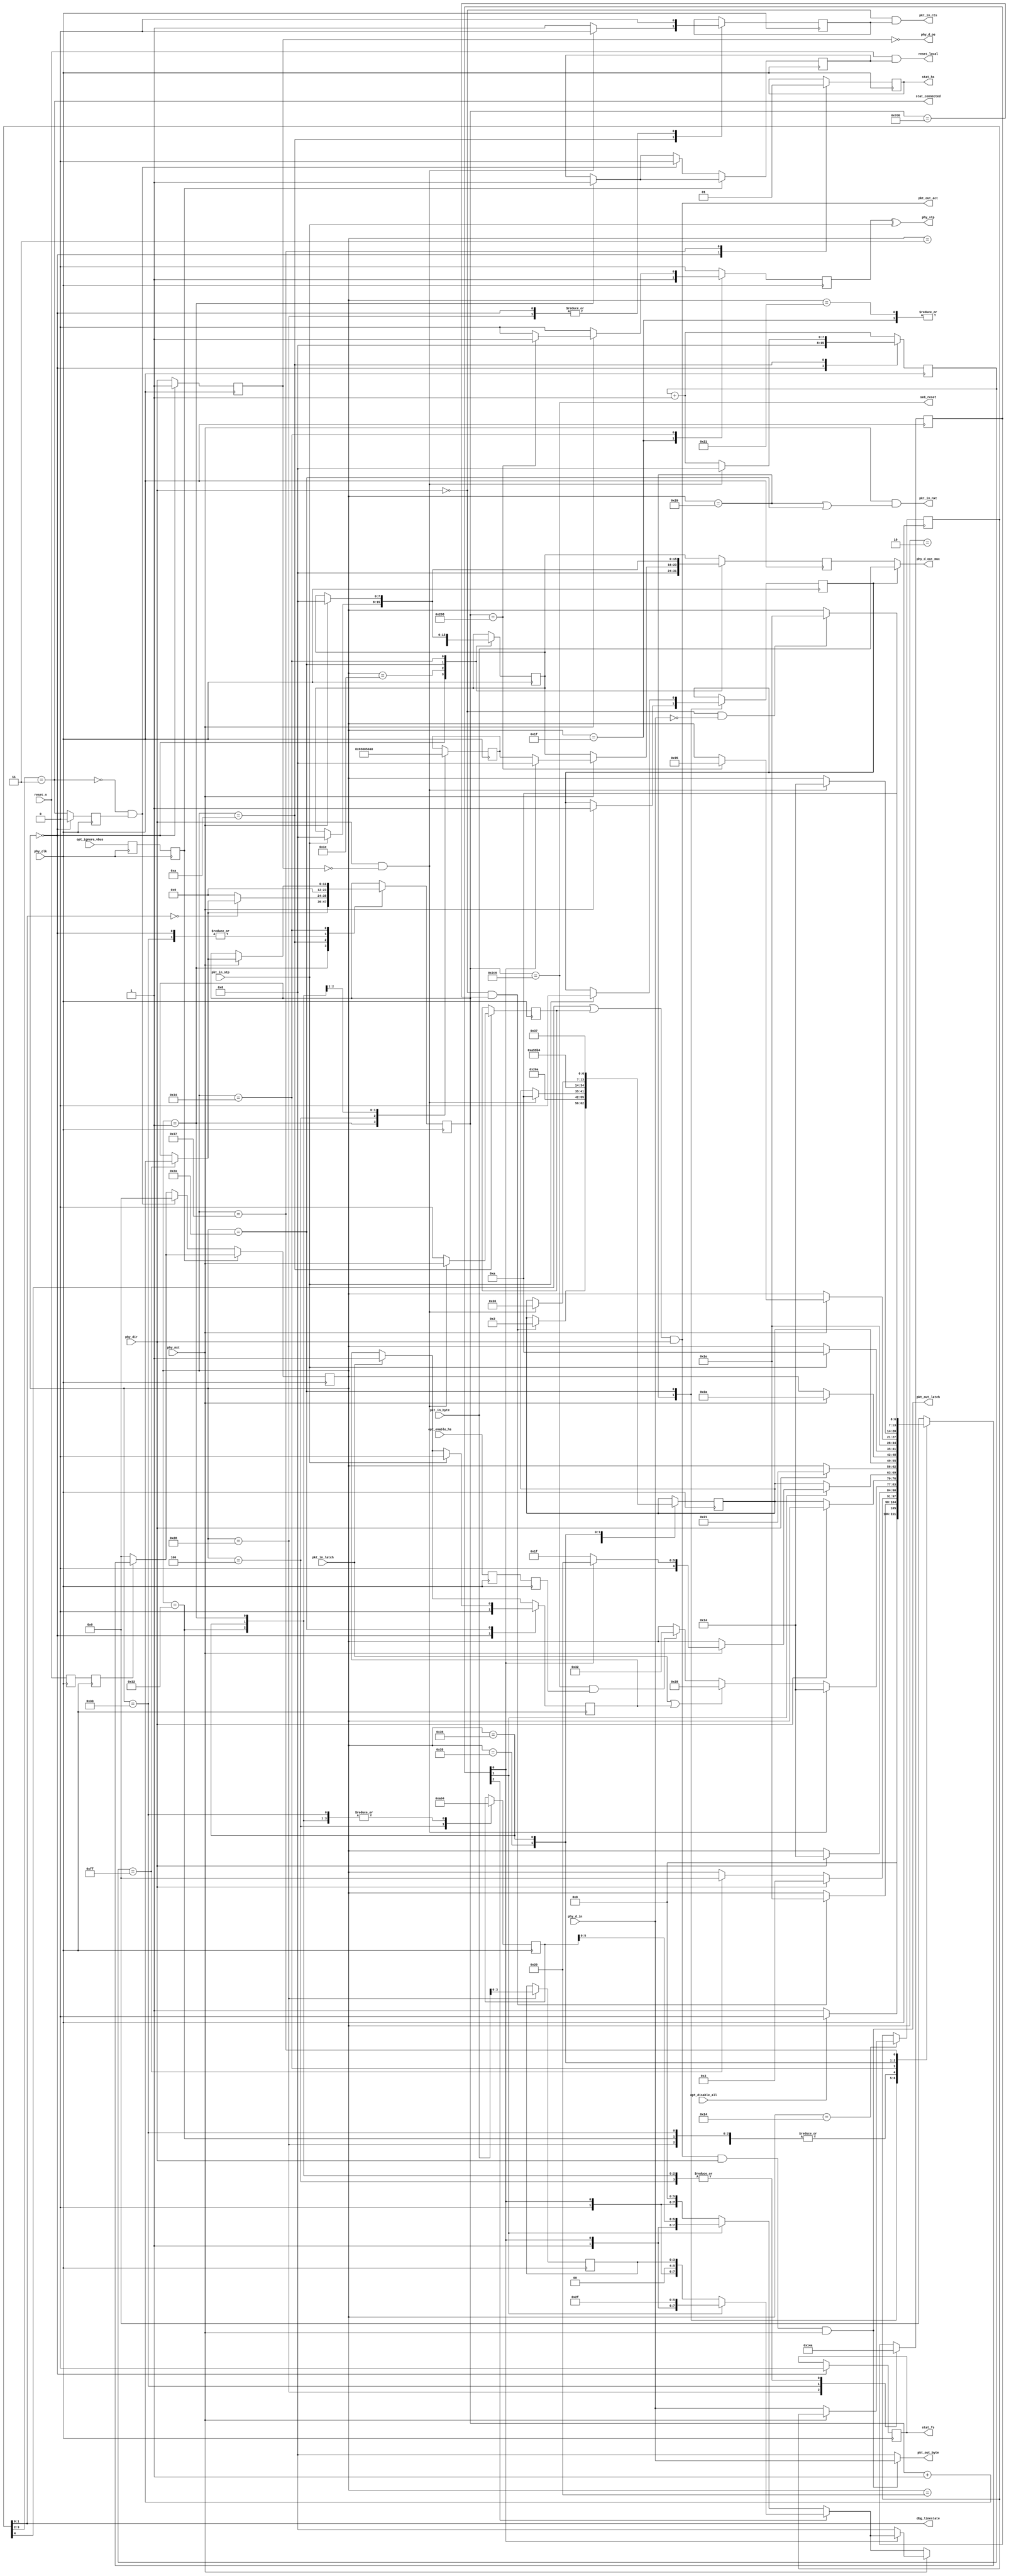
module usb2_ulpi (

// top-level interface
input	wire			reset_n,
output	wire			reset_local,
input	wire			opt_disable_all,
input	wire			opt_enable_hs,
input	wire			opt_ignore_vbus,
output	wire			stat_connected,
output	reg				stat_fs,
output	reg				stat_hs,

// ulpi usb phy connection
input	wire			phy_clk,
input	wire	[7:0]	phy_d_in,
output	wire	[7:0]	phy_d_out_mux,
output	wire			phy_d_oe,
input	wire			phy_dir,
output	wire			phy_stp,
input	wire			phy_nxt,

// connection to packet layer
output	wire			pkt_out_act,
output	wire	[7:0]	pkt_out_byte,
output	wire			pkt_out_latch,

output	wire			pkt_in_cts,
output	wire			pkt_in_nxt,
input	wire	[7:0]	pkt_in_byte,
input	wire			pkt_in_latch,
input	wire			pkt_in_stp,

output	wire			se0_reset,

// debug signals
output	wire	[1:0]	dbg_linestate

);


////////////////////////////////////////////////////////////////////
//
// 60mhz ulpi clock domain
//
////////////////////////////////////////////////////////////////////

	reg				reset_1, reset_2;
	reg				reset_ulpi;
	assign			reset_local = reset_n & reset_ulpi;
	reg				opt_enable_hs_1, opt_enable_hs_2;
	reg				opt_ignore_vbus_1, opt_ignore_vbus_2;
	reg				phy_dir_1;
	reg		[7:0]	phy_d_out;
	reg		[7:0]	phy_d_next;
	reg				phy_d_sel;
	assign	phy_d_out_mux 	= phy_d_sel ? pkt_in_byte : phy_d_out;
	assign	phy_d_oe = !phy_dir_1;
	reg				phy_stp_out;
	assign			phy_stp			= phy_stp_out ^ pkt_in_stp;
	reg		[7:0]	in_rx_cmd;
	reg				know_recv_packet;				// phy will drive NXT and DIR high
													// simultaneously to signify a receive
													// packet as opposed to normal RX_CMD
													// in any case the RX_CMD will reflect this 
													// just a bit later anyway
	reg		[1:0]	last_line_state;
	wire	[1:0]	line_state	= in_rx_cmd[1:0];
	wire	[1:0]	vbus_state	= in_rx_cmd[3:2];
	wire	[1:0]	rx_event	= in_rx_cmd[5:4];
	//wire			id_gnd		= in_rx_cmd[6];
	//wire			alt_int		= in_rx_cmd[7];
	
	//wire			sess_end	= (vbus_state == 2'b00);
	//wire			sess_valid	= (vbus_state == 2'b10);
	wire			vbus_valid	= (vbus_state == 2'b11);
	reg				vbus_valid_1; 
	assign			stat_connected = vbus_valid;	// in HS mode explicit bit-stuff error will
													// also signal EOP but this is Good Enough(tm)	
	wire			rx_active	= (rx_event[0]);
	//wire			rx_error	= (rx_event == 2'b11);
	//wire			host_discon	= (rx_event == 2'b10); // only valid in host mode	
	
	reg		[2:0]	tx_cmd_code;					// ULPI TX_CMD code with extra bit
	reg		[7:0]	tx_reg_addr;					// register address (6 and 8bit)
	reg		[7:0]	tx_reg_data_rd;					// data read
	reg		[7:0]	tx_reg_data_wr;					// data to write
	reg		[3:0]	tx_pid;							// packet ID for sending data
	parameter [2:0]	TX_CMD_XMIT_NOPID	= 3'b001,	// two LSB are ULPI cmdcode
					TX_CMD_XMIT_PID		= 3'b101,	
					TX_CMD_REGWR_IMM	= 3'b010,
					TX_CMD_REGWR_EXT	= 3'b110,
					TX_CMD_REGRD_IMM	= 3'b011,
					TX_CMD_REGRD_EXT	= 3'b111;
	
	// mux local ULPI control with packet layer
	assign	pkt_out_latch 	= pkt_out_act & phy_dir & phy_nxt;
	assign	pkt_out_byte 	= pkt_out_latch ? phy_d_in : 8'h0;
	assign	pkt_out_act 	= (rx_active | know_recv_packet) & phy_dir;
	
	assign	pkt_in_cts		= ~phy_dir & can_send;
	assign	pkt_in_nxt		= phy_nxt && (state == ST_PKT_1 || state == ST_PKT_2);
	
	reg				pkt_in_latch_defer;
	
	reg				can_send;
	reg		[3:0]	can_send_delay;
	
	reg		[6:0]	state;
	reg		[6:0]	state_next;
	parameter [6:0]	ST_RST_0			= 7'd0,
					ST_RST_1			= 7'd1,
					ST_RST_2			= 7'd2,
					ST_RST_3			= 7'd3,
					ST_RST_4			= 7'd4,
					ST_IDLE				= 7'd10,
					ST_RX_0				= 7'd20,
					ST_TXCMD_0			= 7'd30,
					ST_TXCMD_1			= 7'd31,
					ST_TXCMD_2			= 7'd32,
					ST_TXCMD_3			= 7'd33,
					ST_PKT_0			= 7'd40,
					ST_PKT_1			= 7'd41,
					ST_PKT_2			= 7'd42,
					ST_CHIRP_0			= 7'd50,
					ST_CHIRP_1			= 7'd51,
					ST_CHIRP_2			= 7'd52,
					ST_CHIRP_3			= 7'd53,
					ST_CHIRP_4			= 7'd54,
					ST_CHIRP_5			= 7'd55;
	
	reg		[7:0]	dc;
	reg		[11:0]	dc_wrap;
	
	// about 3ms from start of SE0
	wire			se0_bus_reset 	= (dc_wrap == 710); 
	assign			se0_reset		= se0_bus_reset;
	
	assign 			dbg_linestate = line_state;
	
always @(posedge phy_clk) begin

	// edge detection / synchronize
	{reset_2, reset_1} <= {reset_1, reset_n};
	{opt_enable_hs_2, opt_enable_hs_1} <= {opt_enable_hs_1, opt_enable_hs};
	{opt_ignore_vbus_2, opt_ignore_vbus_1} <= {opt_ignore_vbus_1, opt_ignore_vbus};
	
	vbus_valid_1 <= vbus_valid;
	phy_dir_1 <= phy_dir;

	dc <= dc + 1'b1;
	
	// clear to send (for packet layer) generation
	if(can_send) begin 
		if(can_send_delay < stat_hs ? 4'hF : 4'h0) 
			can_send_delay <= can_send_delay + 1'b1;
	end else begin
		can_send_delay <= 0;
	end
	
	// default state
	phy_stp_out <= 1'b0;
	// account for the turnaround cycle delay
	phy_d_out <= phy_d_next;
	// catch latches while receiving
	if(pkt_in_latch) pkt_in_latch_defer <= 1;
	
	// main fsm
	//
	case(state)
	ST_RST_0: begin
		// reset state
		phy_d_out <= 8'h0;
		phy_d_next <= 8'h0;
		phy_stp_out <= 1'b0;
		phy_dir_1 <= 1'b1;
		stat_fs <= 1'b0;
		stat_hs <= 1'b0;
		can_send <= 1'b0;
		vbus_valid_1 <= 1'b0;
		dc <= 0;
		dc_wrap <= 0;
		pkt_in_latch_defer <= 0;
		
		// stay stuck in reset, if disable is specified
		if(opt_disable_all) 
			state <= ST_RST_0;
		else
			state <= ST_RST_1;
	end
	ST_RST_1: begin
		// take other modules out of reset, whether initial or caused by 
		// usb cable disconnect
		reset_ulpi <= 1;
		// reset phy and set mode
		tx_cmd_code <= 		TX_CMD_REGWR_IMM;
		tx_reg_addr <= 		6'h4;
		tx_reg_data_wr <= {	2'b01, 		// Resvd, SuspendM [disabled]
							1'b1, 		// Reset (auto-cleared by PHY)
							2'b00, 		// OpMode [normal]
							1'b1,		// TermSelect [enable]
							2'b01		// XcvrSel [full speed]
		};
		// wait 10ms for debounce on prior disconnect
		if(dc == 255) dc_wrap <= dc_wrap + 1'b1;
		if(~phy_dir & dc_wrap == 2000) begin
			state <= ST_TXCMD_0;	
			state_next <= ST_RST_2;
		end
	end
	ST_RST_2: begin
		// wait for phy to begin reset
		// if times out, try again
		if(dc == 255) state <= ST_RST_0;
		if(phy_dir) state <= ST_RST_3;
	end
	ST_RST_3: begin
		// wait for next rising edge
		// then receive initial RX_CMD
		if(phy_dir) state <= ST_RX_0;
		state_next <= ST_RST_4;
	end
	ST_RST_4: begin
		// turn off OTG pulldowns and disable pullup
		// on ID pin (OTG would drive low if connected)
		tx_cmd_code <= 		TX_CMD_REGWR_IMM;
		tx_reg_addr <= 		6'hA;
		tx_reg_data_wr <= 	8'h0;
		
		state <= ST_TXCMD_0;
		state_next <= ST_IDLE;
	end
	
	
	// idle dispatch
	//
	ST_IDLE: begin
		// increment SE0 detection counter
		if(line_state == 2'b00) begin
			if(dc == 255) dc_wrap <= dc_wrap + 1'b1;
		end else begin
			dc_wrap <= 0;
		end
		
		know_recv_packet <= 0;

		// see if PHY has stuff for us
		if(phy_dir & ~phy_dir_1) begin
			// rising edge of dir
			
			// make sure we're not clobbering a request from the packet layer
			can_send <= 0;
			know_recv_packet <= phy_nxt;
			dc <= 0;
			state <= ST_RX_0;
			state_next <= ST_IDLE;
		end else begin
			// do other stuff
			can_send <= 1;
			
			// accept packet data
			if(pkt_in_latch | pkt_in_latch_defer) begin	
				state <= ST_PKT_0;
			end else
			if(se0_bus_reset & opt_enable_hs_2) begin
				// currently full speed, want to enumerate as high speed
				state <= ST_CHIRP_0;
			end
		end
	end
	
	// process RX CMD or start packet
	//
	ST_RX_0: begin
		// data is passed up to the packet layer
		// see combinational logic near the top
		if(~phy_nxt) in_rx_cmd <= phy_d_in;
		// wait for end of transmission
		if(~phy_dir) begin
			state <= state_next;
		end
	end
	
	// transmit command TXCMD
	//
	ST_TXCMD_0: begin
	
		// drive command onto bus
		if(~tx_cmd_code[2]) begin
			if(~tx_cmd_code[1]) 
				phy_d_next <= {tx_cmd_code[1:0], 6'b0};					// transmit no PID
			else 				
				phy_d_next <= {tx_cmd_code[1:0], tx_reg_addr[5:0]};		// immediate reg r/w
		end else begin
			if(~tx_cmd_code[1]) 
				phy_d_next <= {tx_cmd_code[1:0], 2'b0, tx_pid[3:0]};	// transmit with PID
			else 				
				phy_d_next <= {tx_cmd_code[1:0], 6'b101111};			// extended reg r/w
		end
		
		if(phy_nxt) begin
			// phy has acknowledged the command
			
			if(tx_cmd_code[0]) begin
				// read reg
				// immediate only for now
				// need to insert additional branches for extended addr
				phy_d_out <= 0;
				state <= ST_TXCMD_2;
			end else begin
				// write reg
				// immediate only for now
				phy_d_out <= tx_reg_data_wr;
				phy_d_next <= 0;
				state <= ST_TXCMD_1;	// assert STP
			end
		end
		
		if(~tx_cmd_code[1]) begin
			// transmit packet
			// can't afford to dally around
			state <= state_next;
		end
	end
	ST_TXCMD_1: begin
		// assert STP on reg write
		phy_stp_out <= 1'b1;
		state <= state_next;
	end
	ST_TXCMD_2: begin
		// latch reg read
		if(phy_dir) state <= ST_TXCMD_3;
	end 
	ST_TXCMD_3: begin
		// read value from PHY
		tx_reg_data_rd <= phy_d_in;
		state <= state_next;
	end
	
	// data packet send
	//
	ST_PKT_0: begin
		// accept packet data
		// implied that first byte is PID
		tx_cmd_code <= TX_CMD_XMIT_PID;
		tx_pid <= pkt_in_byte[3:0];
		can_send <= 0;
		// call TXCMD
		state <= ST_TXCMD_0;
		state_next <= ST_PKT_1;
	end
	ST_PKT_1: begin
		// packet layer now has control
		// and is handling lines
		if(phy_nxt) begin
			state <= ST_PKT_2;
			phy_d_sel <= 1;
		end
	end
	ST_PKT_2: begin
		if(pkt_in_stp) begin
			phy_d_sel <= 0;
			phy_d_out <= 0;
			phy_d_next <= 0;
			pkt_in_latch_defer <= 0;
			state <= ST_IDLE;
		end
	end
	
	// high-speed handshake chirp
	//
	ST_CHIRP_0: begin
		tx_cmd_code <= 		TX_CMD_REGWR_IMM;
		tx_reg_addr <= 		6'h4;
		tx_reg_data_wr <= {	2'b01, 		// Resvd, SuspendM [disabled]
							1'b0, 		// Reset (auto-cleared by PHY)
							2'b10, 		// OpMode [chirp]
							1'b0,		// TermSelect [enable]
							2'b00		// XcvrSel [high speed]
		};
		state <= ST_TXCMD_0;	
		state_next <= ST_CHIRP_1;
	end
	ST_CHIRP_1: begin
		// transmit chirp K for >1ms (2ms)
		tx_cmd_code <= 		TX_CMD_XMIT_NOPID;
		tx_reg_addr <= 		6'h4;
		dc_wrap <= 0;
		state <= ST_TXCMD_0;	
		state_next <= ST_CHIRP_2;
	end
	ST_CHIRP_2: begin
		if(phy_nxt) begin
			phy_d_out <= 8'h0;
			phy_d_next <= 8'h0;
			if(dc == 255) dc_wrap <= dc_wrap + 1'b1;
			if(dc_wrap == 600) begin
				// a bit over 2ms has passed
				phy_stp_out <= 1'b1;
				state <= ST_CHIRP_3;
			end
		end
	end
	ST_CHIRP_3: begin
		if(phy_dir & ~phy_dir_1) begin
			// rising edge of dir
			state <= ST_RX_0;
			state_next <= ST_CHIRP_4;
		end
	end
	ST_CHIRP_4: begin
		tx_cmd_code <= 		TX_CMD_REGWR_IMM;
		tx_reg_addr <= 		6'h4;
		tx_reg_data_wr <= {	2'b01, 		// Resvd, SuspendM [disabled]
							1'b0, 		// Reset (auto-cleared by PHY)
							2'b00, 		// OpMode [normal]
							1'b0,		// TermSelect [enable]
							2'b00		// XcvrSel [high speed]
		};
		if(~phy_dir && phy_d_in == 8'h0) state <= ST_TXCMD_0;	
		state_next <= ST_CHIRP_5;
	end
	ST_CHIRP_5: begin
		stat_hs <= 1'b1;
		state <= ST_IDLE;
	end
	default: state <= ST_RST_0;
	endcase

	if(~reset_2) state <= ST_RST_0;
	
	// detect a change in Vbus
	//
	// this works fine with regular USB 2.0 PHYs, however
	// the TUSB1310A has a silicon bug where the ULPI Vbus 
	// status is incorrectly reported, causing erratic 
	// disconnects.
	//
	if(~opt_ignore_vbus_2) begin
		if(~vbus_valid & vbus_valid_1) begin
			reset_ulpi <= 0;
			state <= ST_RST_0;
		end
	end
end
	
endmodule